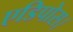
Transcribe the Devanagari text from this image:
एडिपोस।